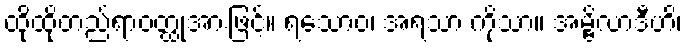
ထိုထိုတည်ရာဝတ္ထုအားဖြင့်။ ရသောဝ၊ အရသာ ကိုသာ။ အမ္ဗိလာဒီဟိ၊